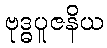
ဗုဒ္ဓပူဇနိယ